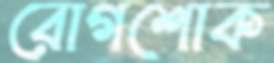
রোগশোক